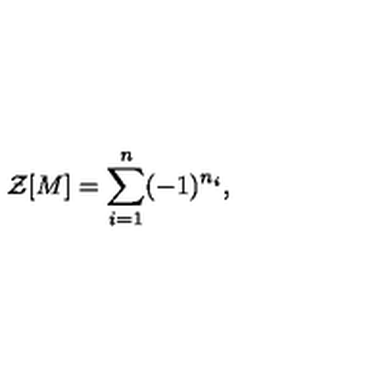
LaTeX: { \cal Z } [ M ] = \sum _ { i = 1 } ^ { n } ( - 1 ) ^ { n _ { i } } ,